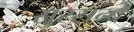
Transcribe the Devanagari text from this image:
सुरसन्द